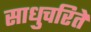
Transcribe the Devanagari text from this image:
साधुचरिते